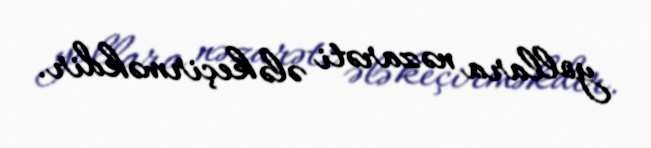
yollara nəzarəti ələ keçirməkdir.